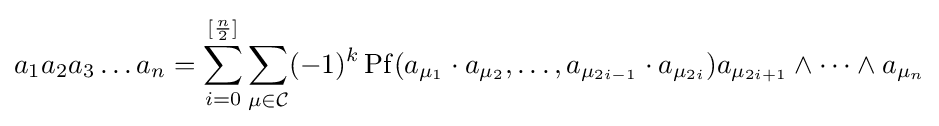
a_{1}a_{2}a_{3}\dots a_{n}=\sum _{i=0}^{[{\frac {n}{2}}]}\sum _{\mu \in {}{\mathcal {C}}}(-1)^{k}\operatorname {Pf} (a_{\mu _{1}}\cdot a_{\mu _{2}},\dots ,a_{\mu _{2i-1}}\cdot a_{\mu _{2i}})a_{\mu _{2i+1}}\land \dots \land a_{\mu _{n}}